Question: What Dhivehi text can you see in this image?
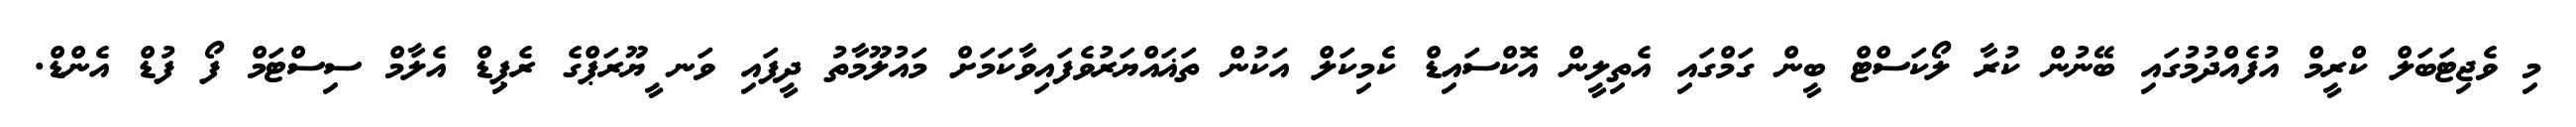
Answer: މި ވެޖިޓަބަލް ކްރީމް އުފެއްދުމުގައި ބޭނުން ކުރާ ލޯކަސްޓް ބީން ގަމްގައި އެތިލީން އޮކްސައިޑް ކެމިކަލް އަކުން ތަޣައްޔަރުވެފައިވާކަމަށް މައުލޫމާތު ދީފައި ވަނ ީޔޫރަޕްގެ ރެޕިޑް އެލާމް ސިސްޓަމް ފޯ ފުޑް އެންޑް.